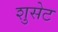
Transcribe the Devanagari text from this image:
शुसेट